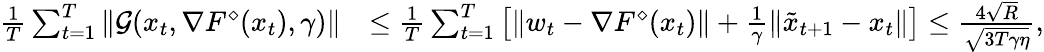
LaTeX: \begin{array}{rl}{\frac{1}{T}\sum_{t=1}^{T}\| \mathcal{G}(x_{t},\nabla F^{\diamond}(x_{t}),\gamma)\| }&{\leq\frac{1}{T}\sum_{t=1}^{T}\big[\| w_{t}-\nabla F^{\diamond}(x_{t})\| +\frac{1}{\gamma}\| \tilde{x}_{t+1}-x_{t}\| \big]\leq\frac{4\sqrt{R}}{\sqrt{3T\gamma\eta}},}\end{array}